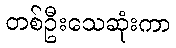
တစ်ဦးသေဆုံးကာ